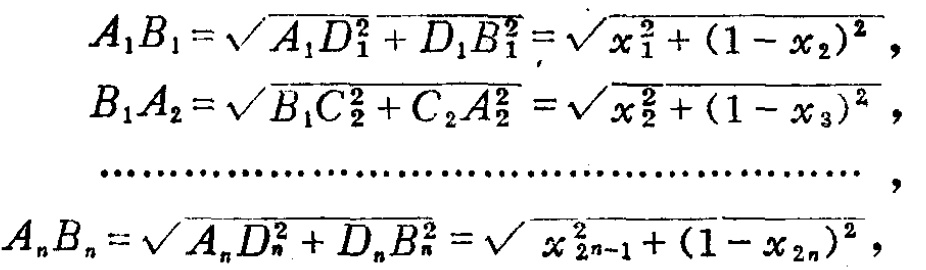
\[
\begin{align*}
A_{1}B_{1}&=\sqrt{A_{1}D_{1}^{2}+D_{1}B_{1}^{2}}=\sqrt{x_{1}^{2}+(1 - x_{2})^{2}},\\
B_{1}A_{2}&=\sqrt{B_{1}C_{2}^{2}+C_{2}A_{2}^{2}}=\sqrt{x_{2}^{2}+(1 - x_{3})^{2}},\\
&\cdots\cdots\cdots\cdots\cdots\cdots\cdots\cdots\cdots\cdots\cdots\cdots\cdots\cdots\cdots\cdots\cdots\cdots,\\
A_{n}B_{n}&=\sqrt{A_{n}D_{n}^{2}+D_{n}B_{n}^{2}}=\sqrt{x_{2n - 1}^{2}+(1 - x_{2n})^{2}},
\end{align*}
\]